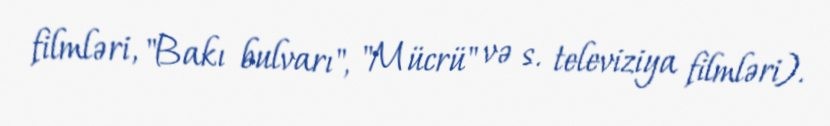
filmləri, "Bakı bulvarı", "Mücrü" və s. televiziya filmləri).